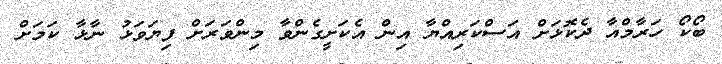
ބޯކޯ ހަރާމްއާ ދެކޮޅަށް އަސްކަރިއްޔާ އިން އެކަށީގެންވާ މިންވަރަށް ފިޔަވަޅު ނާޅާ ކަމަށް